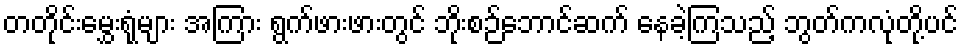
တတိုင်းမွှေးရုံများ အကြား ရွက်ဖားဖားတွင် ဘိုးစဉ်ဘောင်ဆက် နေခဲ့ကြသည့် ဘွတ်ကလုံတို့ပင်